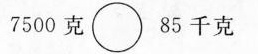
7500克\circ85千克